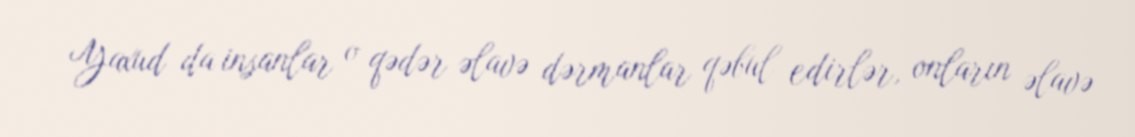
Yaxud da insanlar o qədər əlavə dərmanlar qəbul edirlər, onların əlavə